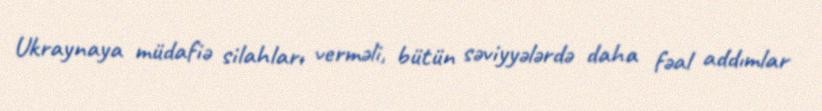
Ukraynaya müdafiə silahları verməli, bütün səviyyələrdə daha fəal addımlar